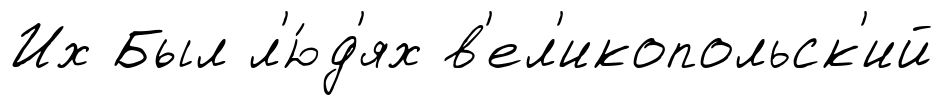
Их Был л'ю́д'ях в'ел'икопольск'ий